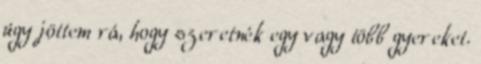
úgy jöttem rá, hogy szeretnék egy vagy több gyereket.